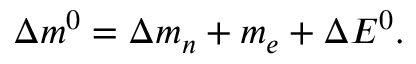
\Delta m ^ { 0 } = \Delta m _ { n } + m _ { e } + \Delta E ^ { 0 } .